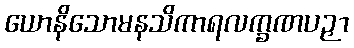
ယောနိသောမနသိကာရလက္ခဏပဉှာ